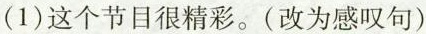
(1)这个节目很精彩。(改为感叹句)